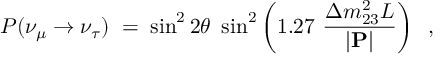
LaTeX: P ( \nu _ { \mu } \rightarrow \nu _ { \tau } ) \; = \; \sin ^ { 2 } 2 \theta ~ \sin ^ { 2 } \left( 1 . 2 7 ~ \frac { \Delta m _ { 2 3 } ^ { 2 } L } { | { \bf P } | } \right) \; \; ,